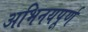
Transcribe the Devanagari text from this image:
अभिनयपूर्ण